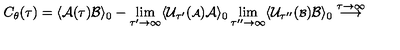
C _ { \theta } ( \tau ) = \langle { \cal A } ( \tau ) { \cal B } \rangle _ { 0 } - \lim _ { \tau ^ { \prime } \rightarrow \infty } \langle { \cal U } _ { \tau ^ { \prime } } ( { \scriptstyle { \cal A } } ) { \cal A } \rangle _ { 0 } \lim _ { \tau ^ { \prime \prime } \rightarrow \infty } \langle { \cal U } _ { \tau ^ { \prime \prime } } ( { \scriptstyle { \cal B } } ) { \cal B } \rangle _ { 0 } \stackrel { \tau \rightarrow \infty } { \longrightarrow }